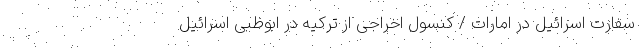
سفارت اسرائیل در امارات / کنسول اخراجی از ترکیه در ابوظبی اسرائیل